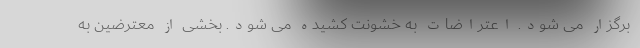
برگزار می شود. اعتراضات به خشونت کشیده می شود. بخشی از معترضین به